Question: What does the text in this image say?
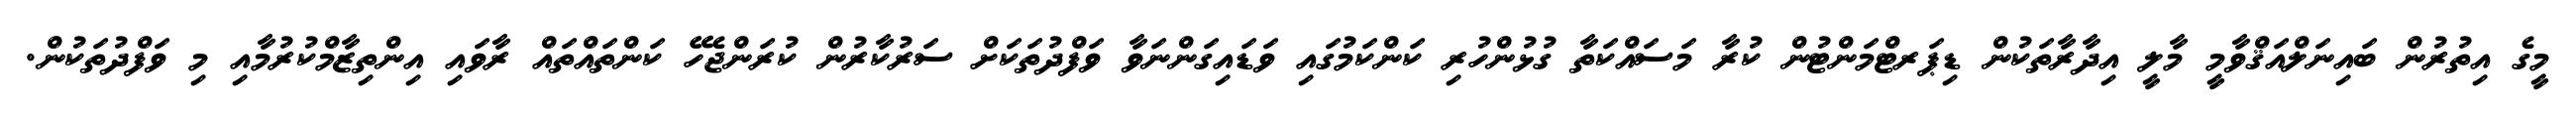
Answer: މީގެ އިތުރުން ބައިނަލްއަޤްވާމީ މާލީ އިދާރާތަކުން ޑިޕަރޓްމަންޓުން ކުރާ މަސައްކަތާ ގުޅުންހުރި ކަންކަމުގައި ވަޑައިގަންނަވާ ވަފްދުތަކަށް ސަރުކާރުން ކުރަންޖެހޭ ކަންތައްތައް ރާވައި އިންތިޒާމްކުރުމާއި މި ވަފްދުތަކުން.